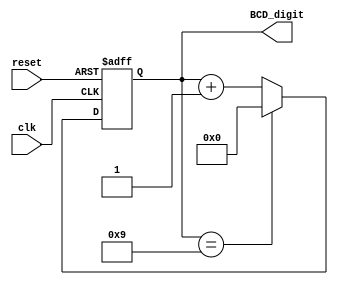
module BCD_Counter (
    input wire clk,
    input wire reset,
    output reg [3:0] BCD_digit
);

reg [3:0] count;

always @(posedge clk or posedge reset) begin
    if (reset)
        count <= 4'b0000;
    else begin
        if (count == 4'b1001)
            count <= 4'b0000;
        else
            count <= count + 4'b0001;
    end
end

assign BCD_digit = count;

endmodule